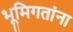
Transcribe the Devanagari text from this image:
भूमिगतांना